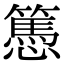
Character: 𢤷